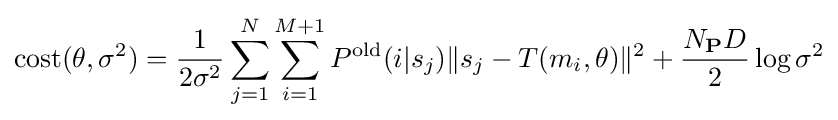
\operatorname {cost} (\theta ,\sigma ^{2})={\frac {1}{2\sigma ^{2}}}\sum _{j=1}^{N}\sum _{i=1}^{M+1}P^{\text{old}}(i|s_{j})\lVert s_{j}-T(m_{i},\theta )\rVert ^{2}+{\frac {N_{\mathbf {P} }D}{2}}\log {\sigma ^{2}}